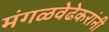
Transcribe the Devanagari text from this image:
मंगळवेढेकरांनी